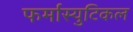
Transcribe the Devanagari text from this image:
फर्मास्युटिकल